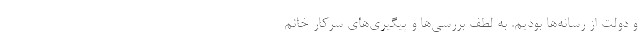
و دولت از رسانه‌ها بودیم. به لطف بررسی‌ها و پیگیری‌های سرکار خانم